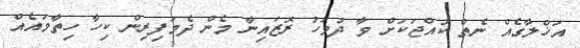
އަޚްލާގެއް ނެތް ކުއްޖަކަށް ވާ ދުވަހު ރޮޒައިނާ މެން ދެމަފިރިން ކިހާ ހިތާމައެއް